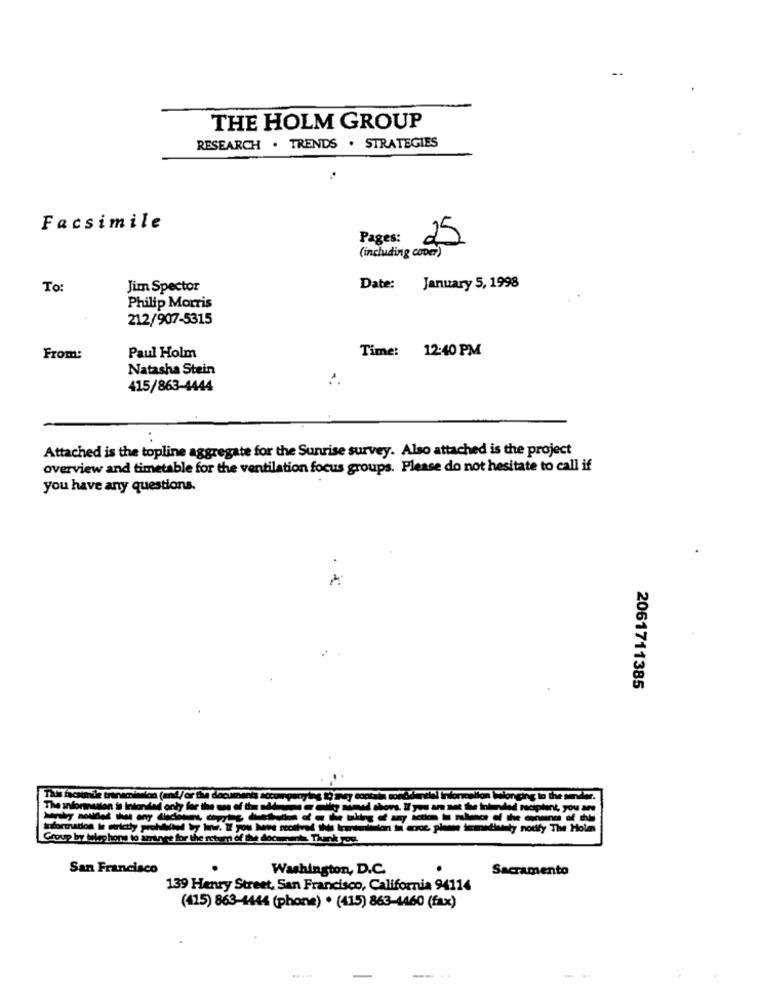
THE HOLM GROUP
RESEARCH . TRENDS . STRATEGIES
Facsimile
Pages:
(including cover)
25
To:
Jim Spector
Date: January 5, 1998
Philip Morris
212/907-5315
Time: 12:40 PM
From:
Paul Holm
Natasha Stein
415/863-4444
Attached is the topline aggregate for the Sunrise survey. Also attached is the project
overview and timetable for the ventilation focus groups. Please do not hesitate to call if
you have any questions.
2061711385
The asformation is Intended only for the one of the midle
horas. If you are not the intended recipient, you are
---------- -
iformation is strictly prohibied by law. If you have scothved IN transmission in error, please immedivety notify The Holm
Group by telep hors to arrange for the return of the documents. Thank you.
San Francisco
Washington, D.C.
Sacramento
139 Henry Street, San Francisco, California 94114
(415) 863-4444 (phone) . (415) 863-4460 (fax)
....
....